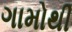
ગામોથી